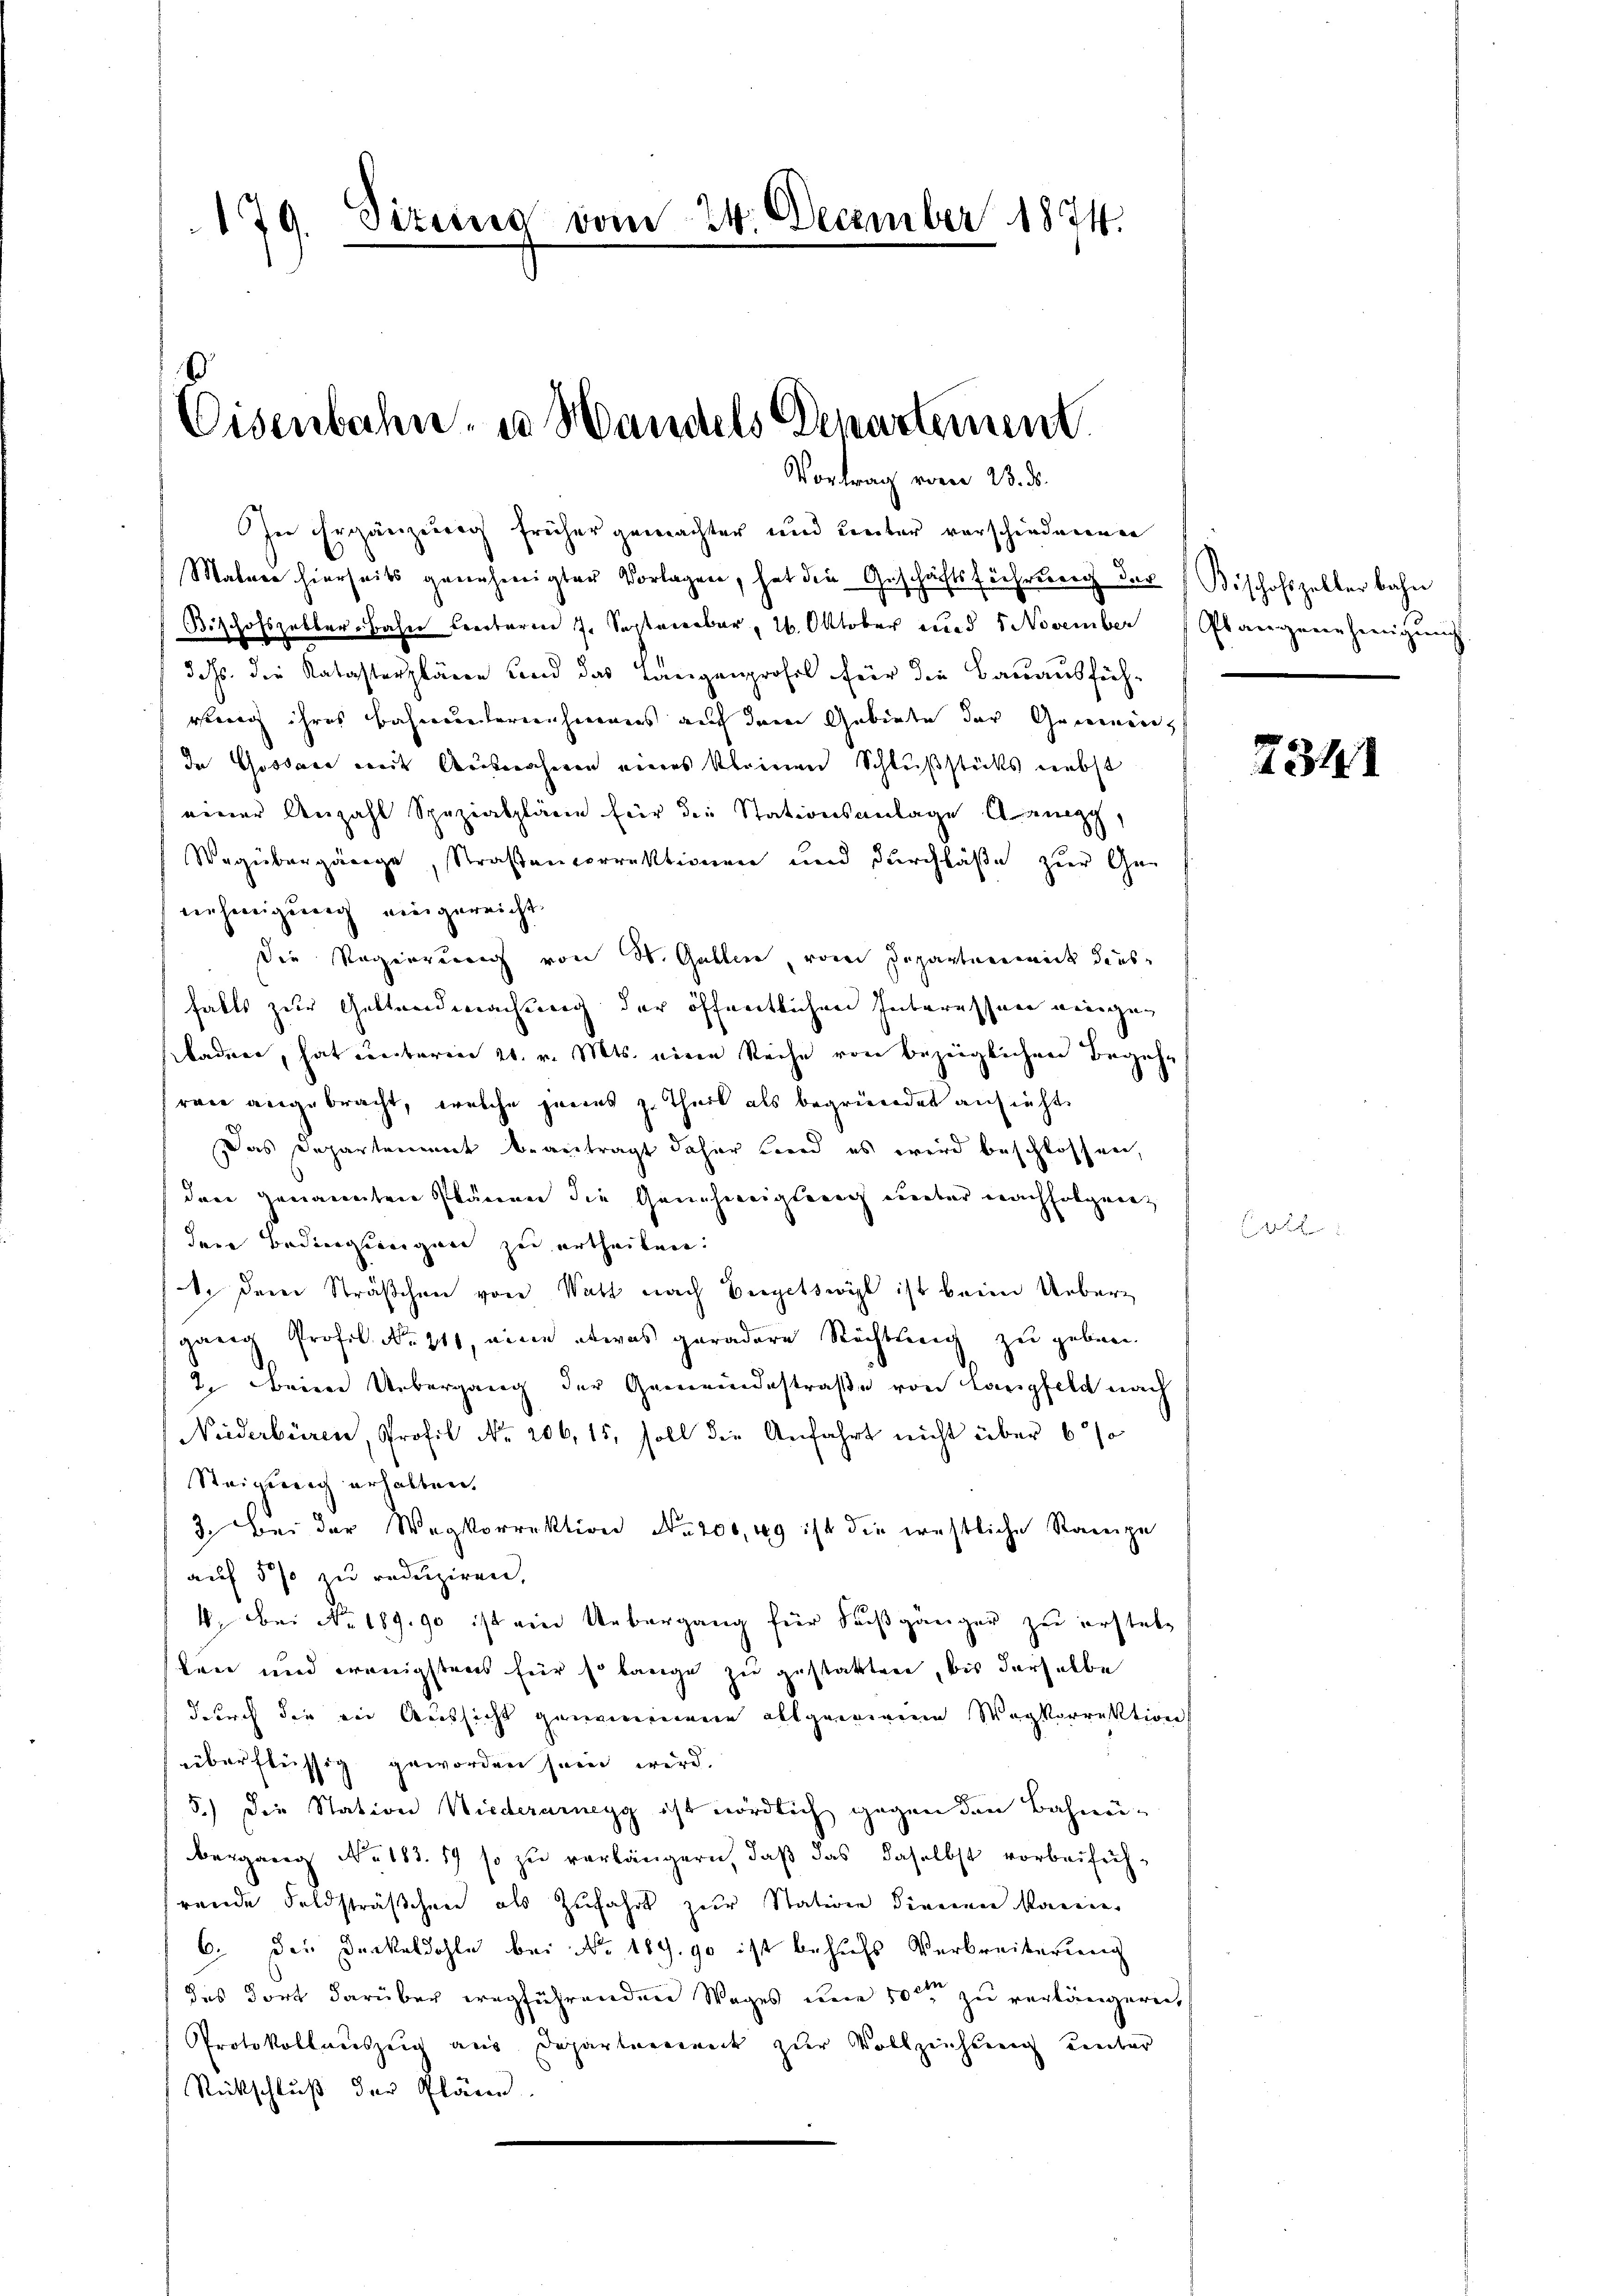
179. Sizung vom 24. December 1874.

Eisenbahn- u Wandels Departement.

Vortrag vom 23. ds.

In Ergänzung früher gemachter und unter vorschiedenenen
Malner hierseits genehmigter Vorlagen, hat die Geschäftsführung der Beschofszeller bahn
Bischofszabler-Bahn beerbaren J. Sarkanerbar, 26. Oktober und 1 November Plangenehmigung
e
3 M. die Katasterpläne und das Langenprofes für die Bauausfüh-
wenig ihres Bahnunterienhimmers auf dem Gebiete der Gemeinen,
In Gossare mit Ausnahmen eines kleinen Schlußstücks nebst
einer Anzahl Spezialpläne für die Stationsanlage ang
Wegübergänge, Straßenvorrektionen und durchlaße zur Genehmigung eingereicht
die Regierung von St. Gallen, vom Departen mit dense
falls zur Gestandmachung der öffentlichen Interessene eingebaden, hat unterm 20. v. Mts. eine Reihe von bezüglichen Begehrane angebracht, welche jenes zu Theil als begründet ansieht.
Das Departement beantragt daher Beerd es wird beschlossen,
den genannten Plänen die Genehmigteeich aber nachfolgeret
den Bedingungen zu ertheilen:
1. Dem Sträßchen von Watt nach Bergetswyl ist beim Uebergang Profes No 211, eine etwas geradere Richtung zu geben.
2. Beim Übergang der Gemeindestraße von Langfeld nach
Niederbüren, Profil Nr. 206, 15, soll die Anfahrt nicht über 6 %
Steigung erhalten.
3. Bei der Wegkorrektion No. 200, 49 ist die westliche Rampe
auf 5 % zu reduziren,
4. Bei No 189. 90 ist ein Uebergang für Fußgänger zu erstelken und wenigstens für so lange zu gestatten, bis derselbe
durch die vor Aussicht genommene allgewinnen Wegkorrektion
überflüssig geworden sein wird.
5.) Die Station Niederarnegg ist nördlich gegen den Bahnen
bergang No. 183. 17 so zu verlängern, daß das daselbst vorbeiführende Feldsträßchen als Zufahrt zur Station dienen kann.
6. Die Deckeldohle bei No 189. 90 ist behufs Verbreiterung
das dort darüber wegführenden Wages une 10ten zu verlängern,
Protokollauszein aus Departement zur Vollziehung umber
Rückschluß der Plänen.

234

r